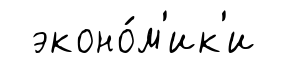
эконо́м'ик'и